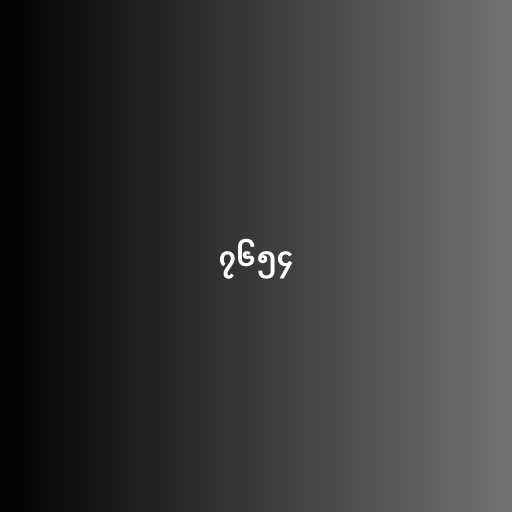
၇၆၅၄